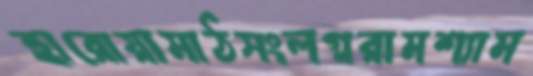
হারোয়ামাঠসংলগ্নরামশ্যাম